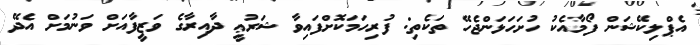
އެޕްލިކޭޝަން ފޯމާއެކު ހުށަހަޅަންޖެހޭ ތަކެތި: ފުރިހަމަކޮށްފައިވާ ޝަރުޢީ ދާއިރާގެ ވަޒީފާއަށް ވަނުމަށް އެދޭ